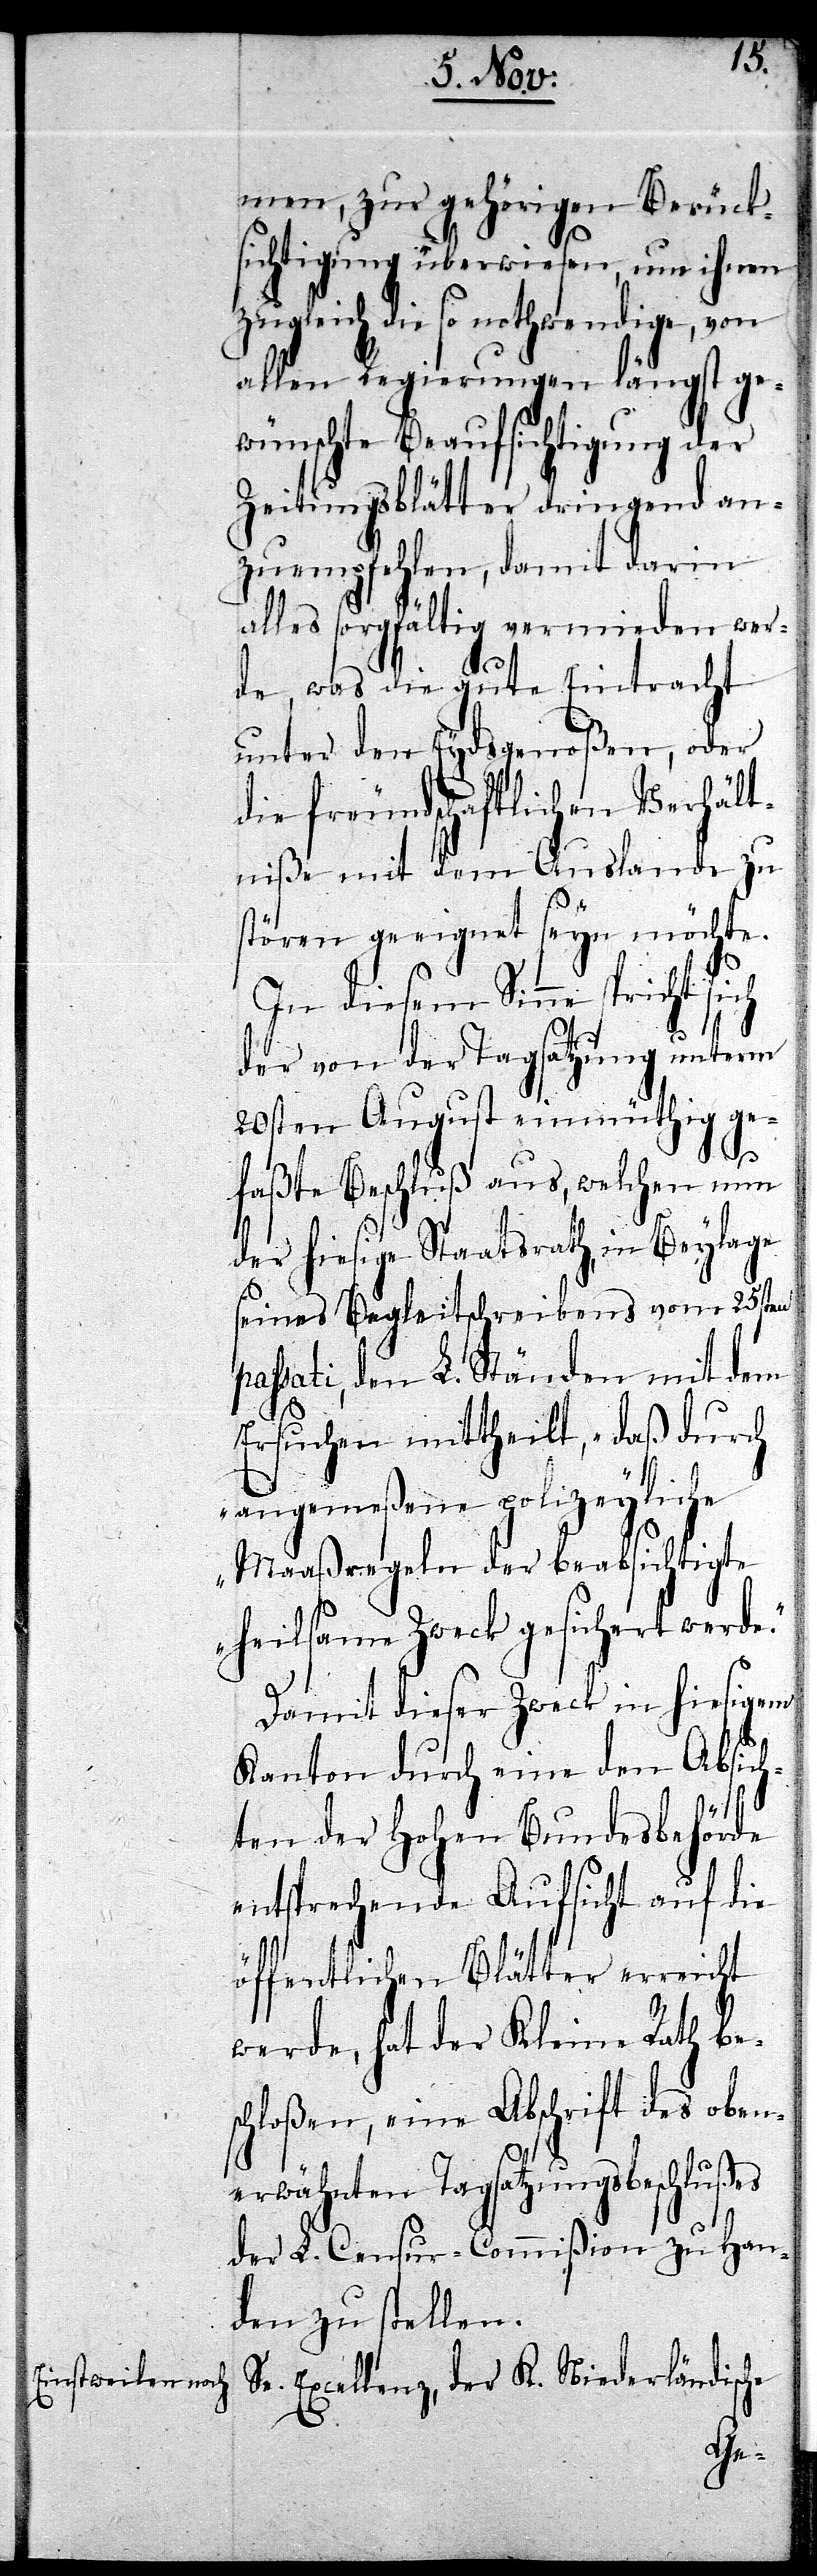
men, zur gehörigen Berück¬
sichtigung überwiesen, um ihnen
zugleich die so nothwendige, von
allen Regierungen längst ge¬
wünschte Beaufsichtigung der
Zeitungsblätter dringend an¬
zuempfehlen, damit darin
alles sorgfältig vermieden wer¬
de, was die gute Eintracht
unter den Eydsgenoßen, oder
die freundschaftlichen Verhält¬
niße mit dem Auslande zu
stören geeignet seyn möchte.
In diesem Sinne spricht sich
pa¬
der von der Tagsatzung unterm
20sten August einmüthig ge¬
faßte Beschluß aus, welchen nun
der hiesige Staatsrath in Beylage
seines Begleitschreibens vom 25sten
ssati, den L. Ständen mit dem
Ersuchen mittheilt, „daß durch
angemeßene polizeyliche
Maaßregeln der beabsichtigte
heilsame Zweck gesichert werde.“
Damit dieser Zweck in hiesigem
Kanton durch eine den Absich¬
ten der Hohen Bundesbehörde
entsprechende Aufsicht auf die
öffentlichen Blätter erreicht
werde, hat der Kleine Rath be¬
schloßen, eine Abschrift des oben¬
erwähnten Tagsatzungsbeschlußes
der L. Censur-Commißion zu Han¬
den zu stellen.
Se. Excellenz, der K. Niederländische